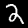
Label: 2